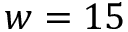
w = 1 5